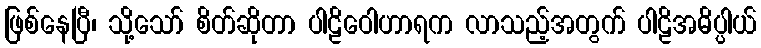
ဖြစ်နေပြီ၊ သို့သော် စိတ်ဆိုတာ ပါဠိဝေါဟာရက လာသည့်အတွက် ပါဠိအဓိပ္ပါယ်